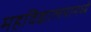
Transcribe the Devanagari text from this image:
महविद्यालयामध्ये